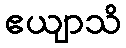
ဧယျာသိ